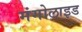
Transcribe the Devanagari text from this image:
मंगोलाइड